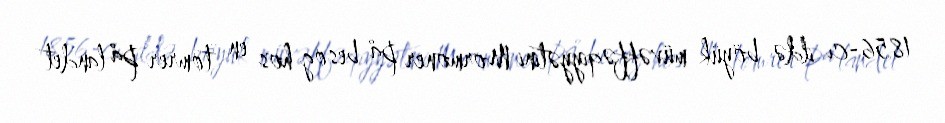
1856-cı ildə böyük müvəffəqiyyətini Mormoner på besøg hos en tømrer på landet